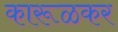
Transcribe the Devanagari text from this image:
कारूळकर